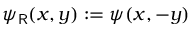
\psi _ { \mathsf { R } } ( x , y ) : = \psi ( x , - y )